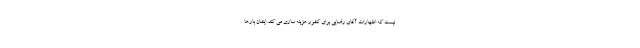
نیست که اظهارات آقای رضایی برای کشور هزینه سازی می کند. ایشان بارها